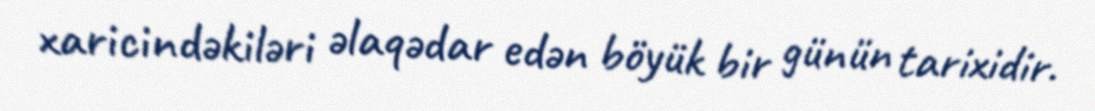
xaricindəkiləri əlaqədar edən böyük bir günün tarixidir.